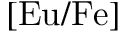
[ \mathrm { E u / F e ] }